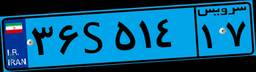
۳۶S۵۱۴۱۷